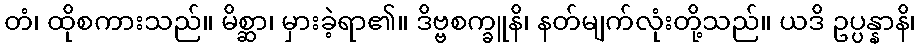
တံ၊ ထိုစကားသည်။ မိစ္ဆာ၊ မှားခဲ့ရာ၏။ ဒိဗ္ဗစက္ခူနိ၊ နတ်မျက်လုံးတို့သည်။ ယဒိ ဥပ္ပန္နာနိ၊